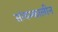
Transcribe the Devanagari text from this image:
सांयम्कालीन